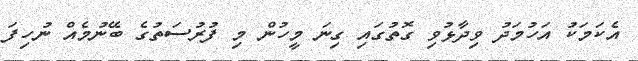
އެކަމަކު އަހުމަދު ވިދާޅުވި ގޮތުގައި ގިނަ މީހުން މި ފުރުސަތުގެ ބޭނުމެއް ނުހިފަ